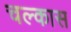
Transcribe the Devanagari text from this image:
चल्कास